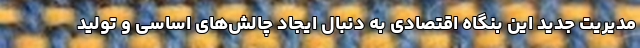
مدیریت جدید این بنگاه اقتصادی به دنبال ایجاد چالش‌های اساسی و تولید